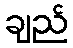
ချည်